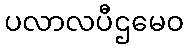
ပလာလပီဌမေဝ